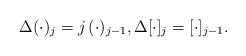
LaTeX: \begin{align*} \Delta (\cdot)_j = j \, (\cdot)_{j-1}, \Delta [\cdot]_j = [\cdot]_{j-1}.\end{align*}